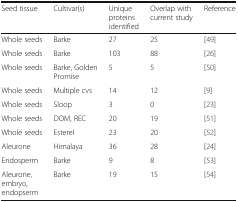
<table><thead><tr><td><b>Seed tissue</b></td><td><b>Cultivar(s)</b></td><td><b>Unique proteins identified</b></td><td><b>Overlap with current study</b></td><td><b>Reference</b></td></tr></thead><tbody><tr><td>Whole seeds</td><td>Barke</td><td>27</td><td>25</td><td>[49]</td></tr><tr><td>Whole seeds</td><td>Barke</td><td>103</td><td>88</td><td>[26]</td></tr><tr><td>Whole seeds</td><td>Barke, Golden Promise</td><td>5</td><td>5</td><td>[50]</td></tr><tr><td>Whole seeds</td><td>Multiple cvs</td><td>14</td><td>12</td><td>[9]</td></tr><tr><td>Whole seeds</td><td>Sloop</td><td>3</td><td>0</td><td>[23]</td></tr><tr><td>Whole seeds</td><td>DOM, REC</td><td>20</td><td>19</td><td>[51]</td></tr><tr><td>Whole seeds</td><td>Esterel</td><td>23</td><td>20</td><td>[52]</td></tr><tr><td>Aleurone</td><td>Himalaya</td><td>36</td><td>28</td><td>[24]</td></tr><tr><td>Endosperm</td><td>Barke</td><td>9</td><td>8</td><td>[53]</td></tr><tr><td>Aleurone, embryo, endopserm</td><td>Barke</td><td>19</td><td>15</td><td>[54]</td></tr></tbody></table>